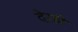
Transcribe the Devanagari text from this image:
देरही